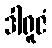
ဒါရူဇံ